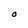
Character: O